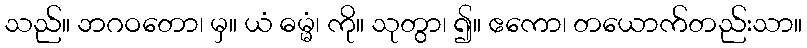
သည်။ ဘဂဝတော၊ မှ။ ယံ ဓမ္မံ၊ ကို။ သုတွာ၊ ၍။ ဧကော၊ တယောက်တည်းသာ။